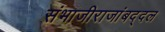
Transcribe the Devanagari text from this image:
संभाजीराजांबद्दल